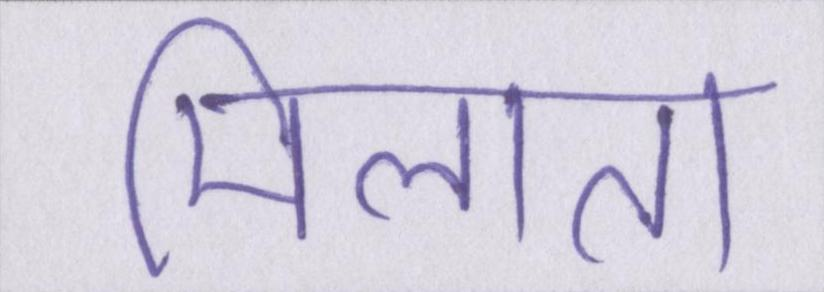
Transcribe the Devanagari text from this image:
मिलाता